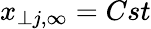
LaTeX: x_{\perp j,\infty}=Cst